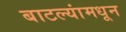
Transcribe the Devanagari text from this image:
बाटल्यांमधून